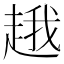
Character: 䞲